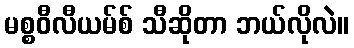
မစ္စဝီလီယမ်စ် သီဆိုတာ ဘယ်လိုလဲ။